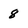
Character: 8